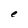
Character: e